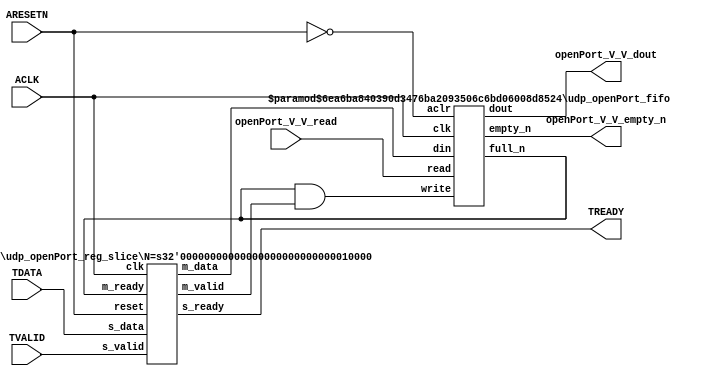
// ==============================================================
// File generated by Vivado(TM) HLS - High-Level Synthesis from C, C++ and SystemC
// Version: 2015.1
// Copyright (C) 2015 Xilinx Inc. All rights reserved.
// 
// ==============================================================


`timescale 1ns/1ps

module udp_openPort_if (
    // AXI4-Stream singals
    input  wire        ACLK,
    input  wire        ARESETN,
    input  wire        TVALID,
    output wire        TREADY,
    input  wire [15:0] TDATA,
    // User signals
    output wire [15:0] openPort_V_V_dout,
    output wire        openPort_V_V_empty_n,
    input  wire        openPort_V_V_read
);
//------------------------Local signal-------------------
// FIFO
wire [0:0]  fifo_write;
wire [0:0]  fifo_full_n;
wire [15:0] openPort_V_V_din;
wire [0:0]  openPort_V_V_full_n;
// register slice
wire [0:0]  s_valid;
wire [0:0]  s_ready;
wire [15:0] s_data;
wire [0:0]  m_valid;
wire [0:0]  m_ready;
wire [15:0] m_data;

//------------------------Instantiation------------------
// rs
udp_openPort_reg_slice #(
    .N       ( 16 )
) rs (
    .clk     ( ACLK ),
    .reset   ( ARESETN ),
    .s_data  ( s_data ),
    .s_valid ( s_valid ),
    .s_ready ( s_ready ),
    .m_data  ( m_data ),
    .m_valid ( m_valid ),
    .m_ready ( m_ready )
);

// openPort_V_V_fifo
udp_openPort_fifo #(
    .DATA_BITS  ( 16 ),
    .DEPTH_BITS ( 4 )
) openPort_V_V_fifo (
    .clk        ( ACLK ),
    .aclr       ( ~ARESETN ),
    .empty_n    ( openPort_V_V_empty_n ),
    .full_n     ( openPort_V_V_full_n ),
    .read       ( openPort_V_V_read ),
    .write      ( fifo_write ),
    .dout       ( openPort_V_V_dout ),
    .din        ( openPort_V_V_din )
);

//------------------------Body---------------------------
//++++++++++++++++++++++++AXI4-Stream++++++++++++++++++++
assign TREADY = s_ready;

//+++++++++++++++++++++++++++++++++++++++++++++++++++++++

//++++++++++++++++++++++++Reigister Slice++++++++++++++++
assign s_valid = TVALID;
assign m_ready = fifo_full_n;
assign s_data  = {TDATA[15:0]};

//+++++++++++++++++++++++++++++++++++++++++++++++++++++++

//++++++++++++++++++++++++FIFO+++++++++++++++++++++++++++
assign fifo_write       = fifo_full_n & m_valid;
assign openPort_V_V_din = m_data[15:0];
assign fifo_full_n      = openPort_V_V_full_n;

//+++++++++++++++++++++++++++++++++++++++++++++++++++++++

endmodule



`timescale 1ns/1ps

module udp_openPort_fifo
#(parameter
    DATA_BITS  = 8,
    DEPTH_BITS = 4
)(
    input  wire                 clk,
    input  wire                 aclr,
    output wire                 empty_n,
    output wire                 full_n,
    input  wire                 read,
    input  wire                 write,
    output wire [DATA_BITS-1:0] dout,
    input  wire [DATA_BITS-1:0] din
);
//------------------------Parameter----------------------
localparam
    DEPTH = 1 << DEPTH_BITS;
//------------------------Local signal-------------------
reg                   empty;
reg                   full;
reg  [DEPTH_BITS-1:0] index;
reg  [DATA_BITS-1:0]  mem[0:DEPTH-1];
//------------------------Body---------------------------
assign empty_n = ~empty;
assign full_n  = ~full;
assign dout    = mem[index];

// empty
always @(posedge clk or posedge aclr) begin
    if (aclr)
        empty <= 1'b1;
    else if (empty & write & ~read)
        empty <= 1'b0;
    else if (~empty & ~write & read & (index==1'b0))
        empty <= 1'b1;
end

// full
always @(posedge clk or posedge aclr) begin
    if (aclr)
        full <= 1'b0;
    else if (full & read & ~write)
        full <= 1'b0;
    else if (~full & ~read & write & (index==DEPTH-2'd2))
        full <= 1'b1;
end

// index
always @(posedge clk or posedge aclr) begin
    if (aclr)
        index <= {DEPTH_BITS{1'b1}};
    else if (~empty & ~write & read)
        index <= index - 1'b1;
    else if (~full & ~read & write)
        index <= index + 1'b1;
end

// mem
always @(posedge clk) begin
    if (~full & write) mem[0] <= din;
end

genvar i;
generate
    for (i = 1; i < DEPTH; i = i + 1) begin : gen_sr
        always @(posedge clk) begin
            if (~full & write) mem[i] <= mem[i-1];
        end
    end
endgenerate

endmodule

`timescale 1ns/1ps

module udp_openPort_reg_slice
#(parameter
    N = 8   // data width
) (
    // system signals
    input  wire         clk,
    input  wire         reset,
    // slave side
    input  wire [N-1:0] s_data,
    input  wire         s_valid,
    output wire         s_ready,
    // master side
    output wire [N-1:0] m_data,
    output wire         m_valid,
    input  wire         m_ready
);
//------------------------Parameter----------------------
// state
localparam [1:0]
    ZERO = 2'b10,
    ONE  = 2'b11,
    TWO  = 2'b01;
//------------------------Local signal-------------------
reg  [N-1:0] data_p1;
reg  [N-1:0] data_p2;
wire         load_p1;
wire         load_p2;
wire         load_p1_from_p2;
reg          s_ready_t;
reg  [1:0]   state;
reg  [1:0]   next;
//------------------------Body---------------------------
assign s_ready = s_ready_t;
assign m_data  = data_p1;
assign m_valid = state[0];

assign load_p1 = (state == ZERO && s_valid) ||
                 (state == ONE && s_valid && m_ready) ||
                 (state == TWO && m_ready);
assign load_p2 = s_valid & s_ready;
assign load_p1_from_p2 = (state == TWO);

// data_p1
always @(posedge clk) begin
    if (load_p1) begin
        if (load_p1_from_p2)
            data_p1 <= data_p2;
        else
            data_p1 <= s_data;
    end
end

// data_p2
always @(posedge clk) begin
    if (load_p2) data_p2 <= s_data;
end

// s_ready_t
always @(posedge clk) begin
    if (~reset)
        s_ready_t <= 1'b0;
    else if (state == ZERO)
        s_ready_t <= 1'b1;
    else if (state == ONE && next == TWO)
        s_ready_t <= 1'b0;
    else if (state == TWO && next == ONE)
        s_ready_t <= 1'b1;
end

// state
always @(posedge clk) begin
    if (~reset)
        state <= ZERO;
    else
        state <= next;
end

// next
always @(*) begin
    case (state)
        ZERO:
            if (s_valid & s_ready)
                next = ONE;
            else
                next = ZERO;
        ONE:
            if (~s_valid & m_ready)
                next = ZERO;
            else if (s_valid & ~m_ready)
                next = TWO;
            else
                next = ONE;
        TWO:
            if (m_ready)
                next = ONE;
            else
                next = TWO;
        default:
            next = ZERO;
    endcase
end

endmodule